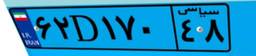
۶۲D۱۷۰۴۸